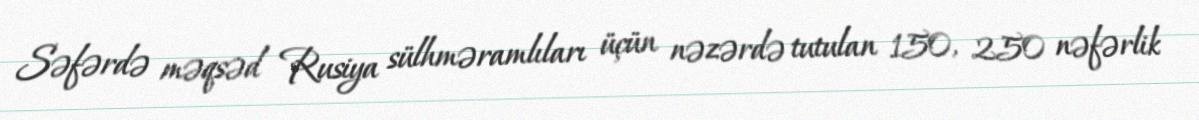
Səfərdə məqsəd Rusiya sülhməramlıları üçün nəzərdə tutulan 150, 250 nəfərlik